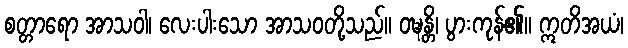
စတ္တာရော အာသဝါ၊ လေးပါးသော အာသဝတို့သည်။ ဝဍ္ဎန္တိ၊ ပွားကုန်၏။ ဣတိအယံ၊